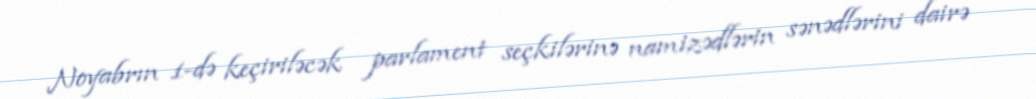
Noyabrın 1-də keçiriləcək parlament seçkilərinə namizədlərin sənədlərini dairə